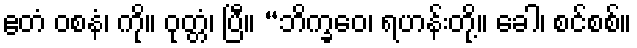
ဧတံ ဝစနံ၊ ကို။ ဝုတ္တံ၊ ပြီ။ “ဘိက္ခဝေ၊ ရဟန်းတို့။ ခေါ၊ စင်စစ်။